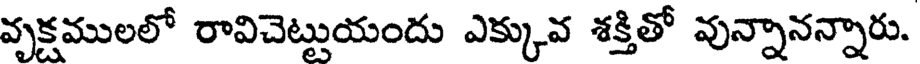
వృక్షములలో రావిచెట్టుయందు ఎక్కువ శక్తితో వున్నానన్నారు.